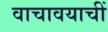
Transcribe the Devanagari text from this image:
वाचावयाचीं